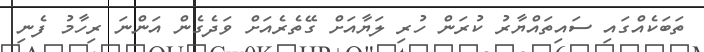
ތަބަކެއްގައި ސައިތައްޔާރު ކުރަން ހުރި ލަޔާއަށް ގޭތެރެއަށް ވަދެގެން އަންނަ ރިހާމު ފެނި